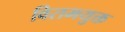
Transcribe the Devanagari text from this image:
विरामयुक्त